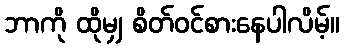
ဘာကို ထိုမျှ စိတ်ဝင်စားနေပါလိမ့်။